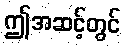
ဤအဆင့်တွင်